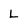
Character: L